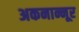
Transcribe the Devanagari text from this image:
अकनान्नूर